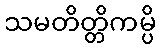
သမတိတ္တိကမ္ပိ